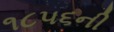
૧૮૫૬ની